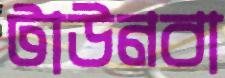
টাউনবা